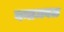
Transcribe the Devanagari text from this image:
वनाजवळ